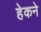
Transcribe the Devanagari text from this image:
हेकने